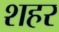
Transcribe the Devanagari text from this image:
शहर